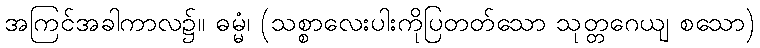
အကြင်အခါကာလ၌။ ဓမ္မံ၊ (သစ္စာလေးပါးကိုပြတတ်သော သုတ္တဂေယျ စသော)